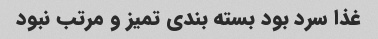
غذا سرد بود بسته بندی تمیز و مرتب نبود